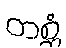
တစ္ဆံ